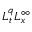
L _ { t } ^ { q } L _ { x } ^ { \infty }